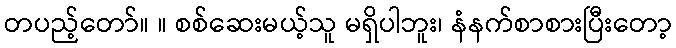
တပည့်တော်။ ။ စစ်ဆေးမယ့်သူ မရှိပါဘူး၊ နံနက်စာစားပြီးတော့